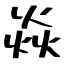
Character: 焱